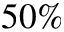
5 0 \%